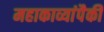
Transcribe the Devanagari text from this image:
महाकाव्यांपैकी